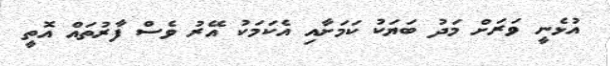
އުޅެނީ ވަރަށް މަދު ބަޔަކު ކަމަށާއި އެކަމަކު އޭރު ވެސް ފާރުތައް އޮތީ